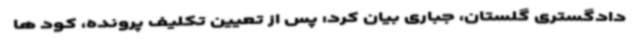
دادگستری‌ گلستان، جباری بیان کرد: پس از تعیین تکلیف پرونده، کود ها